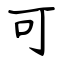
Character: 可